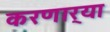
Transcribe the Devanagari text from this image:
करणार्‍या